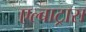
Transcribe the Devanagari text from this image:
एल्बाट्रास